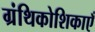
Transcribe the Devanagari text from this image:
ग्रंथिकोशिकाएँ